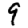
Digit: 9